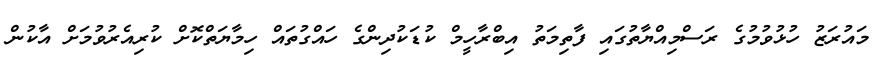
މައުރަޒު ހުޅުވުމުގެ ރަސްމިއްޔާތުގައި ފާތިމަތު އިބްރާހީމް ކުޑަކުދިންގެ ހައްގުތައް ހިމާޔަތްކޮށް ކުރިއެރުވުމަށް އާކުން